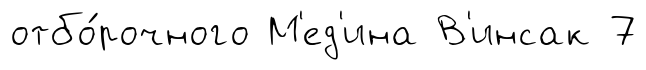
отбо́рочного М'ед'ина В'инсак 7